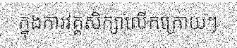
ក្នុងការវគ្គសិក្សាលើកក្រោយៗ